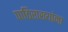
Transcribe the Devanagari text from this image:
पाठिराख्यांना